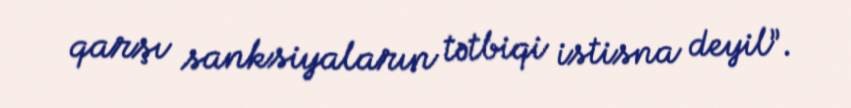
qarşı sanksiyaların tətbiqi istisna deyil”.